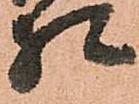
相